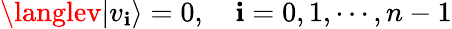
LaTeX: \langlev|v_{\mathbf{i}}\rangle=0,\quad\mathbf{i}=0,1,\cdots,n-1